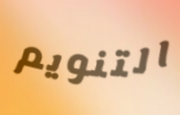
التنويم